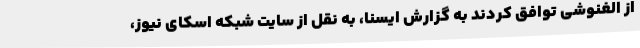
از الغنوشی توافق کردند به گزارش ایسنا، به نقل از سایت شبکه اسکای نیوز،